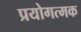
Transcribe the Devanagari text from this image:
प्रयोगत्मक